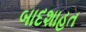
બાદશાહત